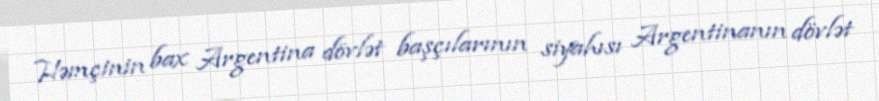
Həmçinin bax Argentina dövlət başçılarının siyahısı Argentinanın dövlət